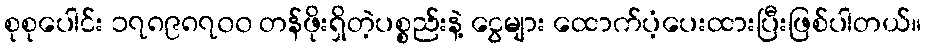
စုစုပေါင်း ၁၇၈၉၈၇၀၀ တန်ဖိုးရှိတဲ့ပစ္စည်းနဲ့ ငွေများ ထောက်ပံ့ပေးထားပြီးဖြစ်ပါတယ်။